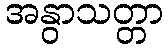
အနွာသတ္တာ